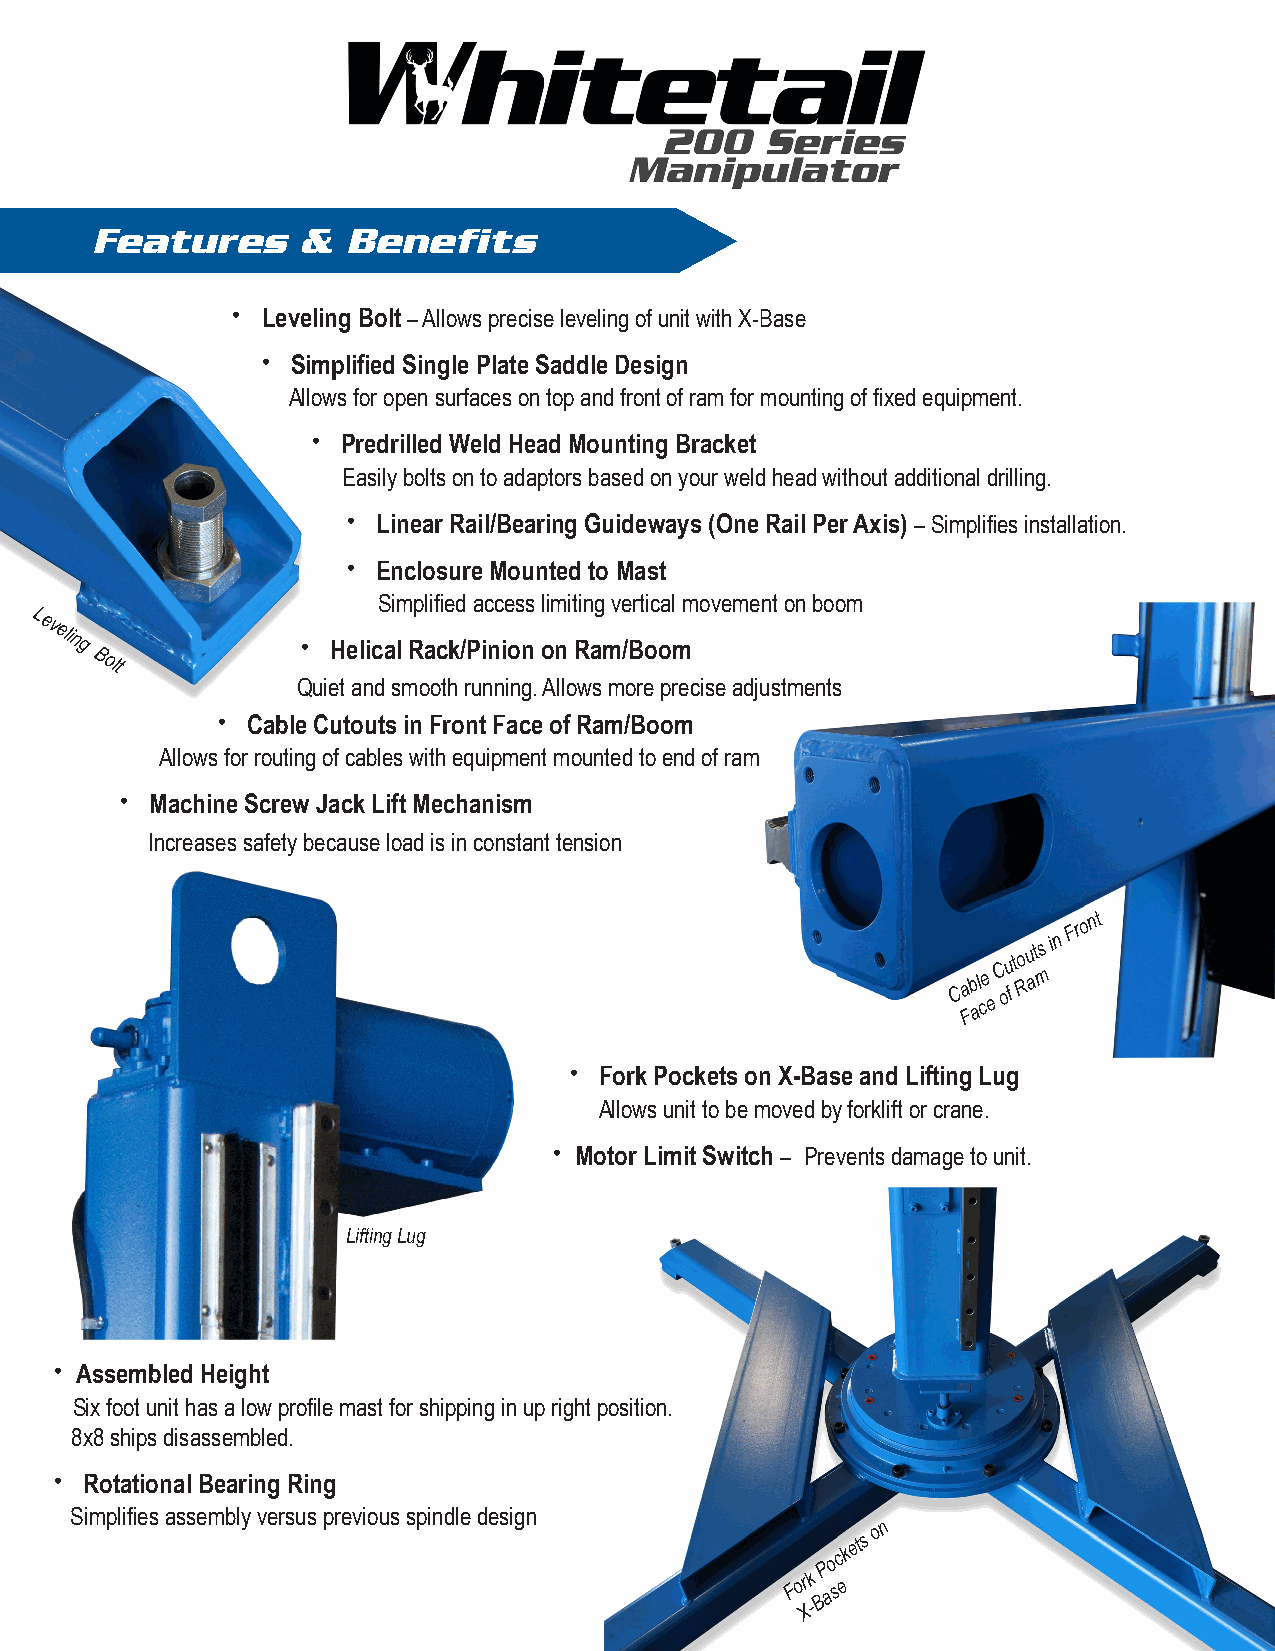
Features      &  Benefits
 · Leveling Bolt – Allows precise leveling of unit with X-Base
 · Simplified Single Plate Saddle Design
 Allows for open surfaces on top and front of ram for mounting of fixed equipment.
 · Predrilled Weld Head Mounting Bracket
 Easily bolts on to adaptors based on your weld head without additional drilling.
 · Linear Rail/Bearing Guideways (One Rail Per Axis) – Simplifies installation.
 · Enclosure Mounted to Mast
 Simplified access limiting vertical movement on boom
 Leveling
 Bolt
 · Helical Rack/Pinion on Ram/Boom
 Quiet and smooth running. Allows more precise adjustments
 · Cable Cutouts in Front Face of Ram/Boom
 Allows for routing of cables with equipment mounted to end of ram
 · Machine Screw Jack Lift Mechanism
 Increases safety because load is in constant tension
 C a Fb al ce
 e
 C ofu
 to
 R
 u at ms
 in
 Fro
 nt
 · Fork Pockets on X-Base and Lifting Lug
 Allows unit to be moved by forklift or crane.
 · Motor Limit Switch – Prevents damage to unit.
 Lifting Lug
 · Assembled Height
 Six foot unit has a low profile mast for shipping in up right position.
 8x8 ships disassembled.
 · Rotational Bearing Ring
 Simplifies assembly versus previous spindle design
 Pockets
 on
 Fork
 Base
 X-